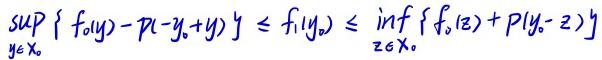
$\sup_{y\in X_0} \{ f_0(y)-p(-y_0 + y)\} \leq f_1(y_0) \leq \inf_{z\in X_0} \{ f_0(z)+p(y_0 - z)\}$